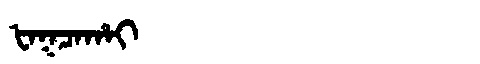
Manchu: ᡶᠠᡴᠴᠠᡥᠠᡳ
Romanization: FAKCAHAI